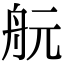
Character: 𦨞